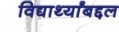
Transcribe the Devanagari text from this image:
विद्यार्थ्यांबद्दल